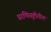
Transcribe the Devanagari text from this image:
प्राणिसृष्टीतील